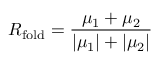
R _ { \mathrm { f o l d } } = \frac { \mu _ { 1 } + \mu _ { 2 } } { | \mu _ { 1 } | + | \mu _ { 2 } | }